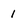
Character: 1